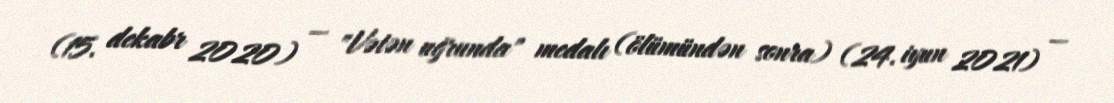
(15. dekabr 2020) — "Vətən uğrunda" medalı (ölümündən sonra) (24. iyun 2021) —